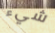
شيء